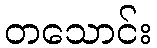
တသောင်း